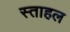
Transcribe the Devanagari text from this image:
स्ताहल